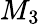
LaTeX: M_{3}